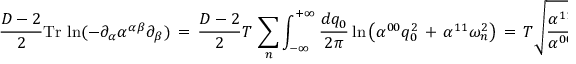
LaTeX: \frac { D - 2 } { 2 } \mathrm { T r } \, \ln ( - \partial _ { \alpha } \alpha ^ { \alpha \beta } \partial _ { \beta } ) \, = \, \frac { D - 2 } { 2 } T \, \sum _ { n } ^ { } \int _ { - \infty } ^ { + \infty } \frac { d q _ { 0 } } { 2 \pi } \ln \left( \alpha ^ { 0 0 } q _ { 0 } ^ { 2 } \, + \, \alpha ^ { 1 1 } { \omega _ { n } ^ { 2 } } \right) \, = \, { T } \sqrt { \frac { \alpha ^ { 1 1 } } { \alpha ^ { 0 0 } } } \, E _ { \mathrm { C } } { . }